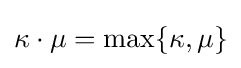
\kappa \cdot \mu =\max\{\kappa ,\mu \}